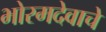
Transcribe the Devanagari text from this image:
भोरमदेवाचे